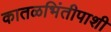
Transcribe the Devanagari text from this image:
कातळभिंतीपाशी